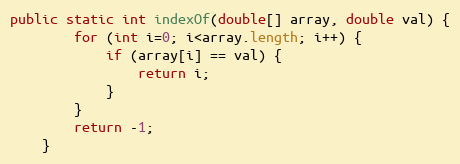
Language: Java
public static int indexOf(double[] array, double val) {
        for (int i=0; i<array.length; i++) {
            if (array[i] == val) {
                return i;
            }
        }
        return -1;
    }